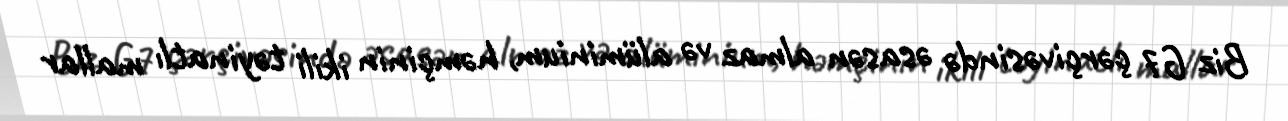
Biz G7 çərçivəsində əsasən almaz və alüminium, həmçinin ikili təyinatlı mallar